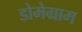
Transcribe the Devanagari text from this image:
डोमेग्राम